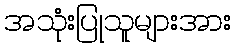
အသုံးပြုသူများအား